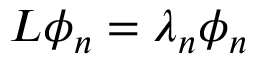
{ \cal L } \phi _ { n } = \lambda _ { n } \phi _ { n }